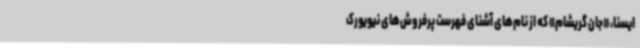
ایسنا، «‌جان گریشام»‌ که از نام‌های آشنای فهرست پرفروش‌های نیویورک